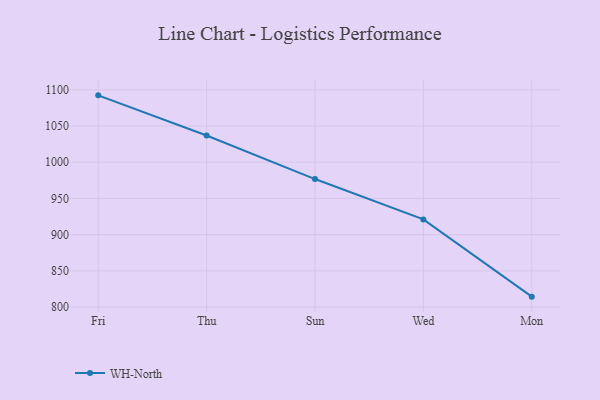
{"axis": {"x": "Day", "y": "Active Users"}, "legend": ["WH-North"], "data": [{"x": "Fri", "y": 1092.4, "type": "WH-North"}, {"x": "Thu", "y": 1036.9, "type": "WH-North"}, {"x": "Sun", "y": 976.8, "type": "WH-North"}, {"x": "Wed", "y": 921.1, "type": "WH-North"}, {"x": "Mon", "y": 814.4, "type": "WH-North"}]}